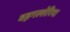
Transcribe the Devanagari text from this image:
वहगल्लेरिया